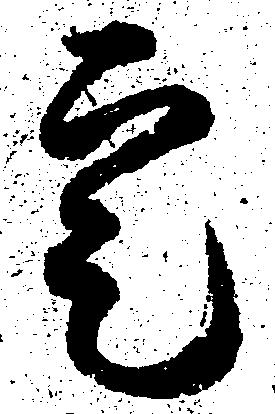
寔